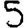
Digit: 5